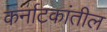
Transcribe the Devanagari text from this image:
कर्नाटकांतील